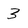
Character: 3